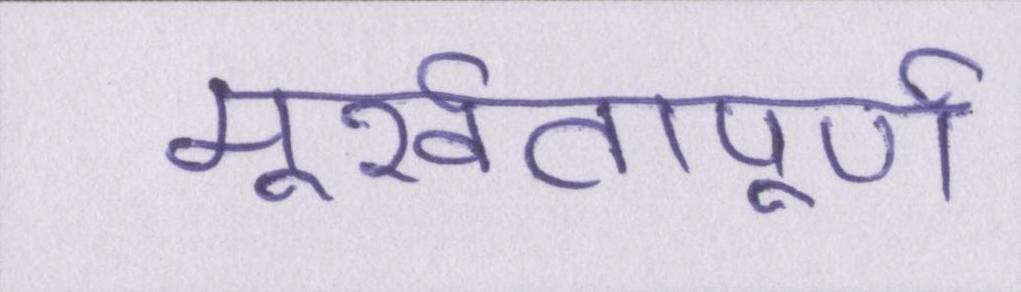
मूर्खतापूर्ण